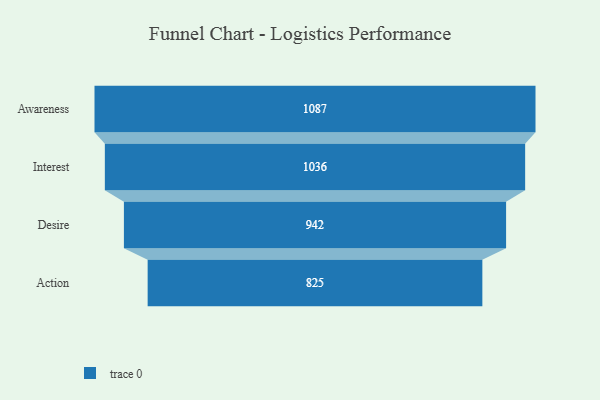
{"axis": {"x": "Stage", "y": "Value"}, "legend": [""], "data": [{"x": "Awareness", "y": 1087.0, "type": ""}, {"x": "Interest", "y": 1036.0, "type": ""}, {"x": "Desire", "y": 942.0, "type": ""}, {"x": "Action", "y": 825.0, "type": ""}]}